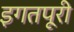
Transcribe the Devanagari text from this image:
इगतपूरी